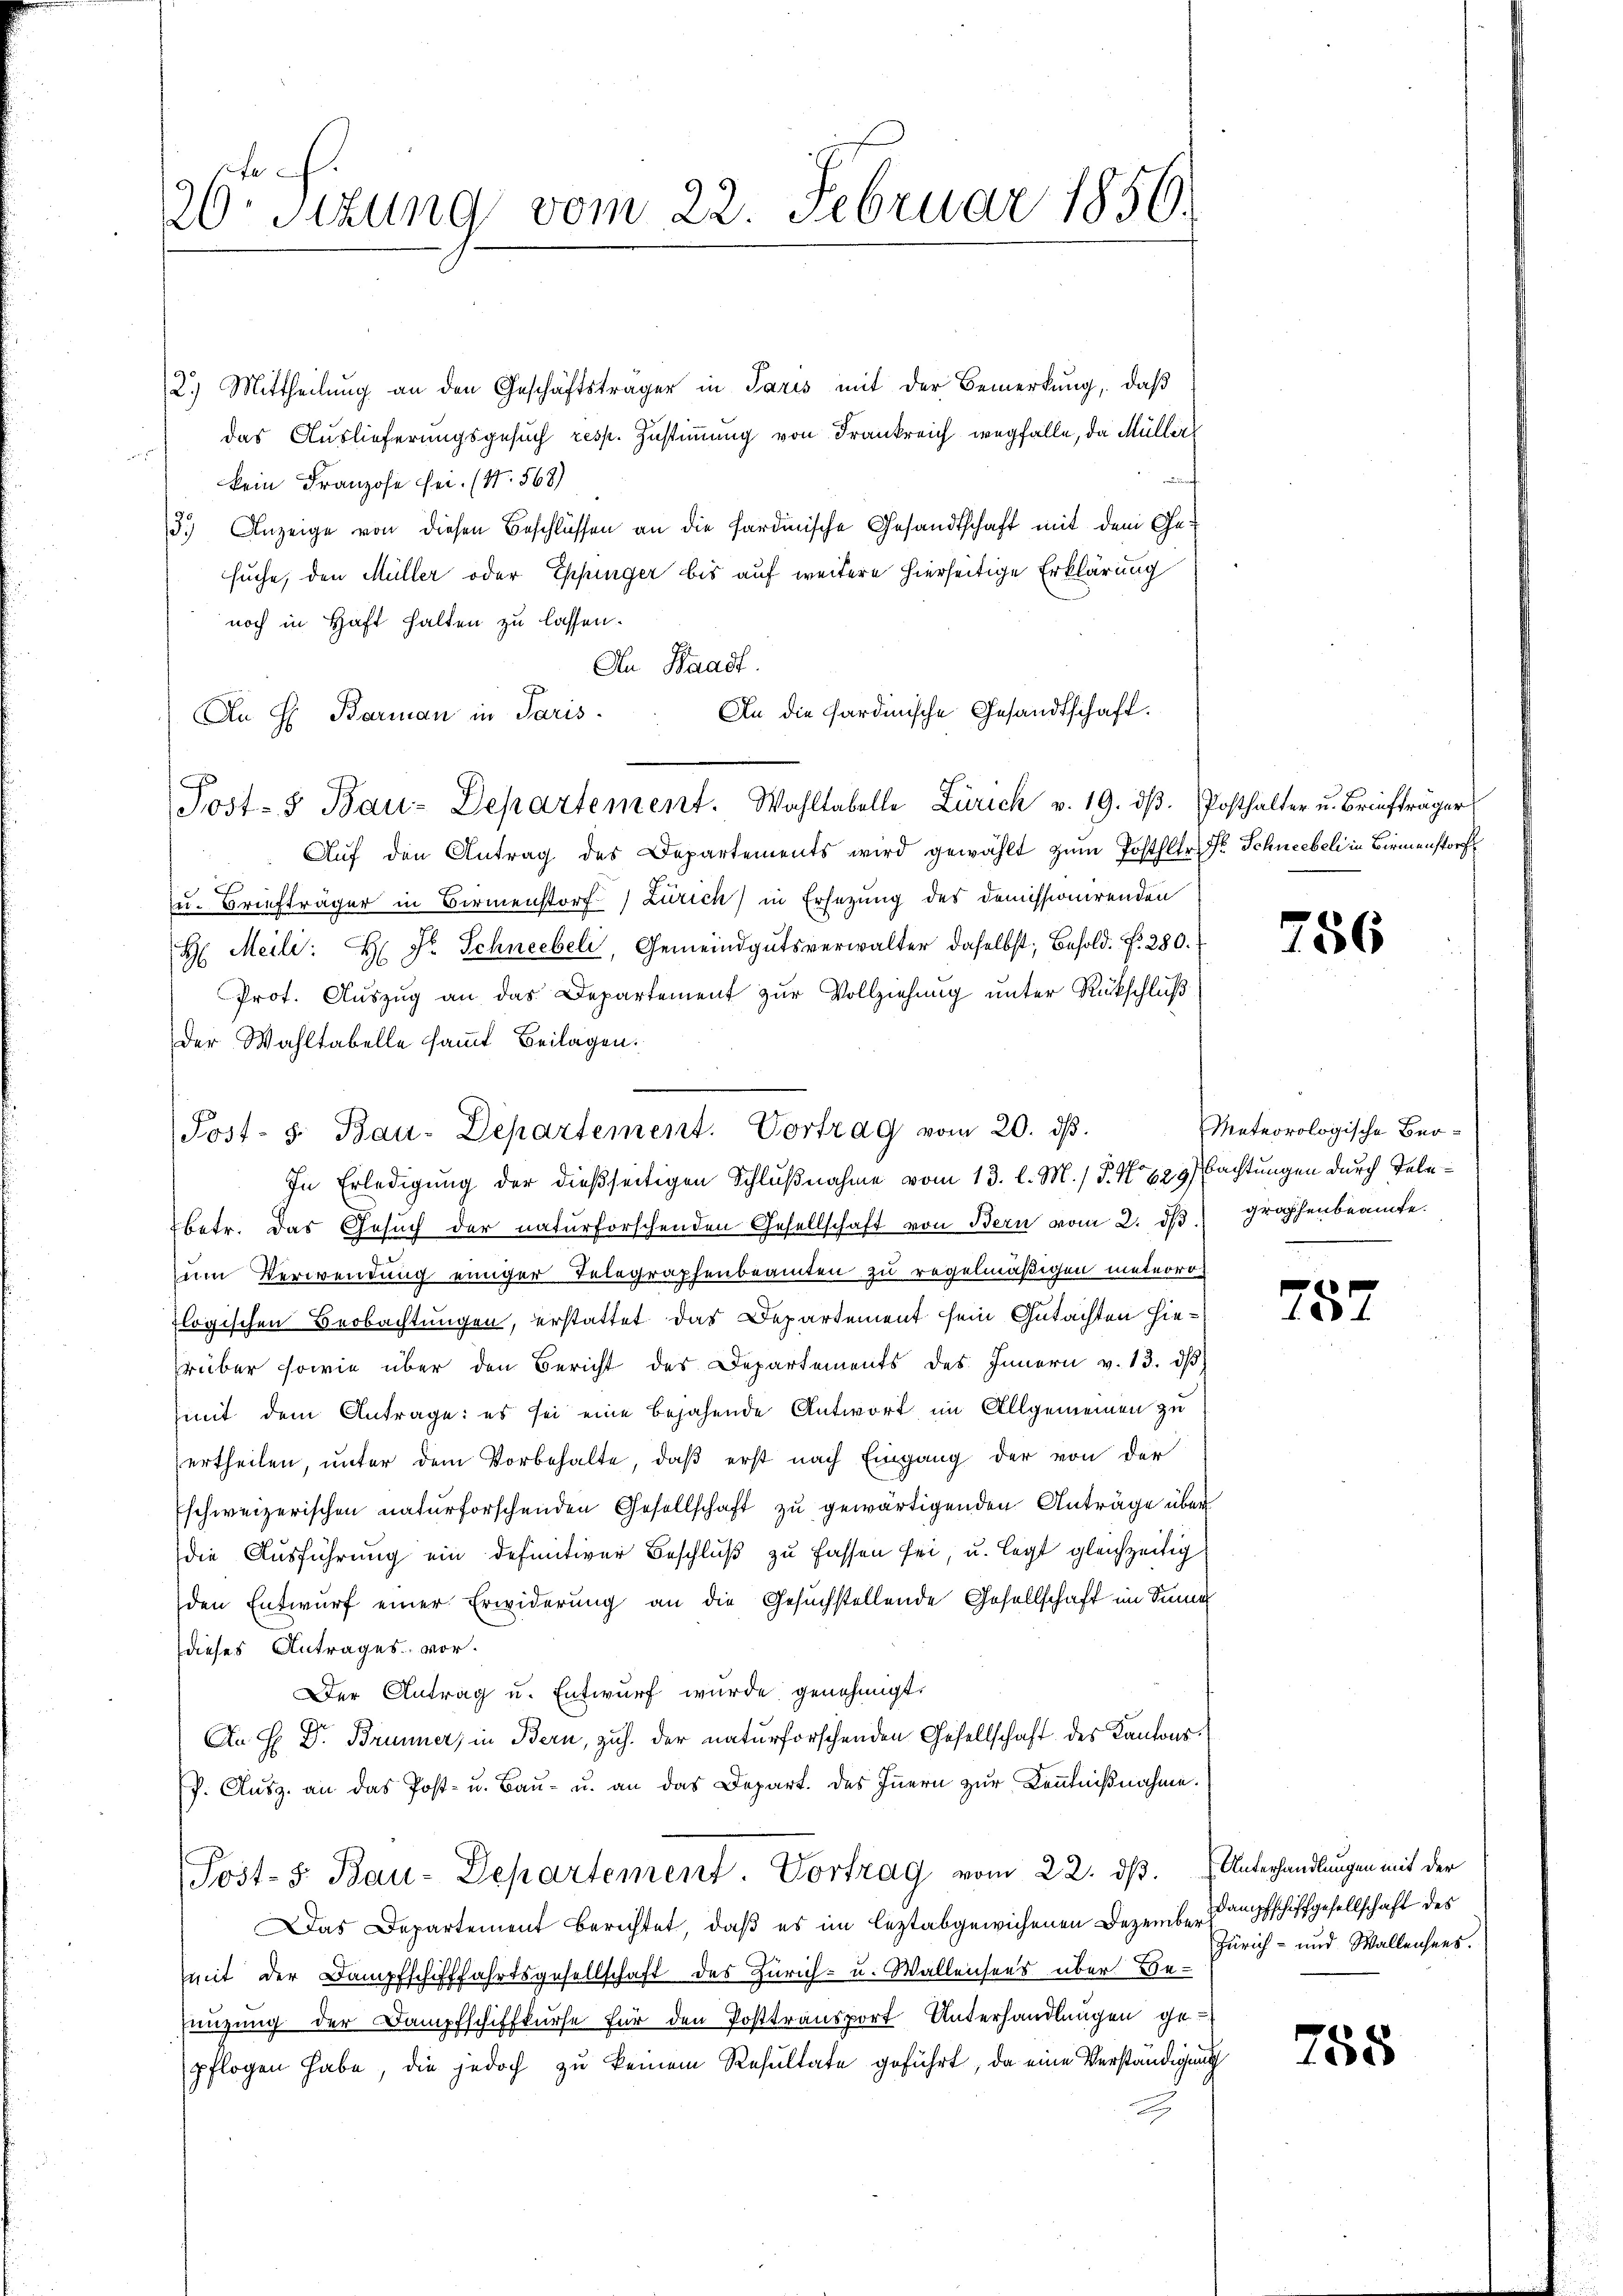
ac
20. Sitzung vom 22. Februar 1856.

2.) Mittheilung an den Geschäftsträger in Paris mit der Bemerkung, daß
das Auslieferungsgesuch resp. Zustimmung von Frankreich wegfalle, da Müller
kein Franzose sei. (N. 568)
3.) Anzeige von diesen Beschlüssen an die sardinische Gesandtschaft mit dem Ge-
suche, den Müller oder Eppinger bis auf weitere hierseitige Erklärung
noch in Haft halten zu lassen.
An Waadt.
An H. Barman in Paris.
Post- & Bau-Departement. Wahltabelle Zürich v. 19. dβ. Posthalter u. Briefträger
Aŭf den Antrag des Departements wird gewählt zŭm Posthler. Fr. Schneebel in Birmenstorf
u. Briefträger in Birmenstorf) Zürich) in Ersezung des Demissionirenden
H: Meili: H. Dr. Schneebeli, Gemeindgutsverwalter daselbst Besold. N. 280.
Prot. Auszug an das Departement zur Vollziehung unter Rückschluß
der Wahltabelle sammt Beilagen.
In Erledigung der dießseitigen Schlußnahme vom 13. l. M. / P. No 629 Bachtungen durch Telebetr. das Gesuch der naturforschenden Gesellschaft von Bern vom 2. dβ graphenbeamte
um Verwendung einiger Telegraphenbeamten zu regelmäßigen meteoro
logischen Beobachtungen, erstattet das Departement sein Gutachten hierüber sowie über den Bericht des Departements des Innern v. 13. dβ
(mit dem Antrage: es sei eine bejahende Antwort im Allgemeinen zu
ertheilen, unter dem Vorbehalte, daß erst nach Eingang der von der
Eschweizerischen naturforschenden Gesellschaft zu gewärtigenden Anträge über
die Ausführung ein definitiver Beschluß zu fassen sei, u. legt gleichzeitig
den Entwurf einer Erwiderung an die Gesuchstellende Gesellschaft im Sinne
dieses Antrages vor.
Der Antrag u. Entwurf wurde genehmigt.
An H Dr. Brunner, in Bern, zuh. der naturforschenden Gesellschaft des Kantonsf. Ausz. an das Post- u. Bau- u. an das Depart. des Innern zur Kenntnißnahme.
Post- 5. Bau-Departement. Vortrag vom 22. ds. Unterhandlungen mit der
Das Departement berichtet, daß es im leztabgewichenen Dezember dampfschiffgesellschaft des
mit der Dampfschifffahrtsgesellschaft des Zürich- u. Wallensees über Benüzung der Dampfschiffkurse für den Posttransport Unterhandlungen gepflogen habe, die jedoch zu keinem Resultate geführt, da eine Verständigung

An die sardinische Gesandtschaft.

Post- 5. Bau-Departement. Vortrag vom 20. dβ.

786

Meteorologische Ber-

e
..

Zürich- und Wallensees.

788